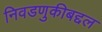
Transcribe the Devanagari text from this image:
निवडणुकीबद्दल